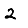
Digit: 2